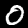
Label: 0